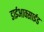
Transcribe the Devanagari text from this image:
डाईआक्साईड